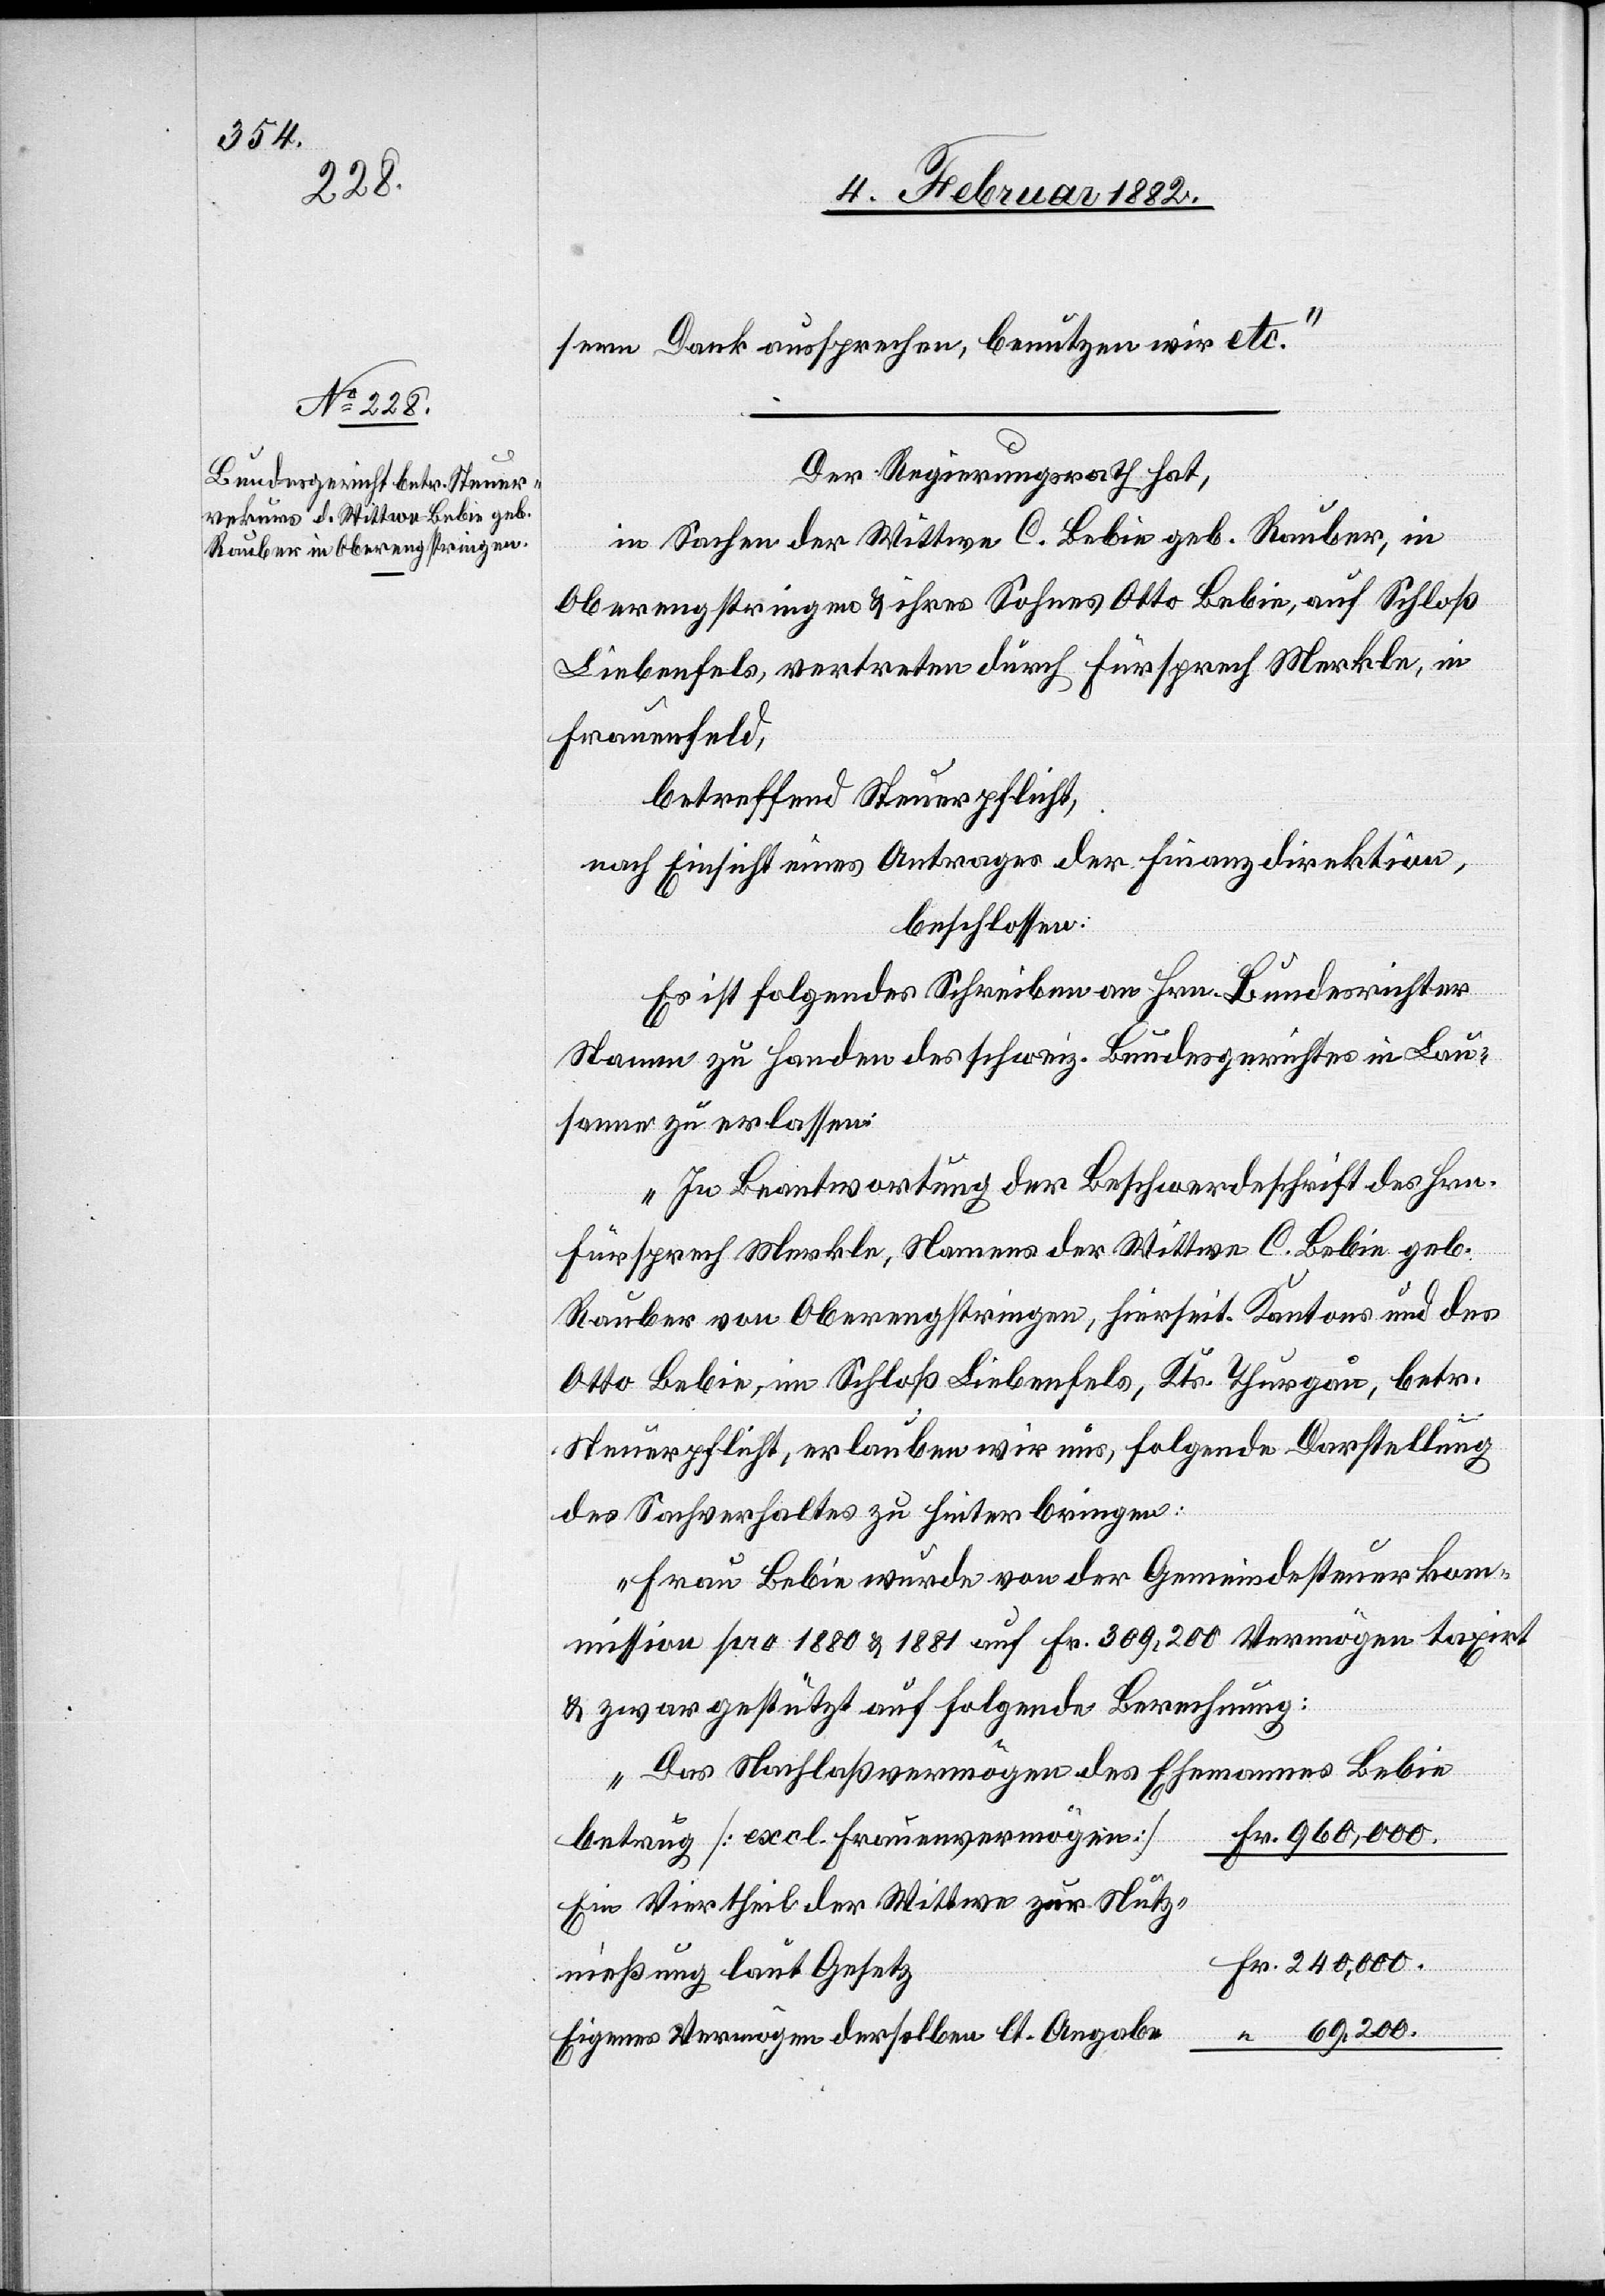
7. Februar 1882]
seren Dank aussprechen, benutzen wir etc.“
Der Regierungsrath hat,
in Sachen der Wittwe C. Lebin geb. Rauber, in
Oberengstringen & ihres Sohnes Otto Lebin, auf Schloß
Liebenfels, vertreten durch Fürsprech Merkle, in
Frauenfeld,
betreffend Steuerpflicht,
nach Einsicht eines Antrages der Finanzdirektion,
beschlossen:
Es ist folgendes Scheiben an Hrn. Bundesrichter
Stamm zu Handen des schweiz. Bundesgerichtes in Lau¬
sanne zu erlassen:
„In Beantwortung der Beschwerdeschrift des Hrn.
Fürsprech Merkle, Namens der Wittwe C. Lebin geb.
Rauber von Oberengstringen, hierseit. Kantons und des
Otto Lebin, in Schloß Liebenfels, Ktr. Thurgau, betr.
Steuerpflicht, erlauben wir uns, folgende Darstellung
des Sachverhaltes zu heiter bringen:
Frau Lebin wurde von der Gemeindsteuerkom¬
mission pro 1880 & 1881 auf Fr. 309,200 Vermögen taxirt
& zwar gestützt auf folgende Berechnung:
Das Nachlaßvermögen des Ehemannes Lebin
Fr. 960,000.
betrug [excl. Frauenvermögen]
Ein Viertheil der Wittwe zur Nutz¬
“ 69,200.
Eigenes Vermögen derselben lt. Angab¬
nieß¬

ung